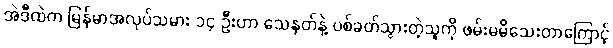
အဲဒီထဲက မြန်မာအလုပ်သမား ၁၄ ဦးဟာ သေနတ်နဲ့ ပစ်ခတ်သွားတဲ့သူကို ဖမ်းမမိသေးတာကြောင့်